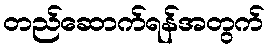
တည်ဆောက်ရန်အတွက်